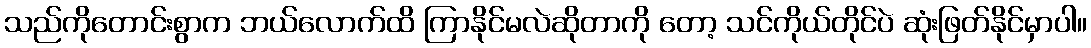
သည်ကိုတောင်းစွာက ဘယ်လောက်ထိ ကြာနိုင်မလဲဆိုတာကို တော့ သင်ကိုယ်တိုင်ပဲ ဆုံးဖြတ်နိုင်မှာပါ။